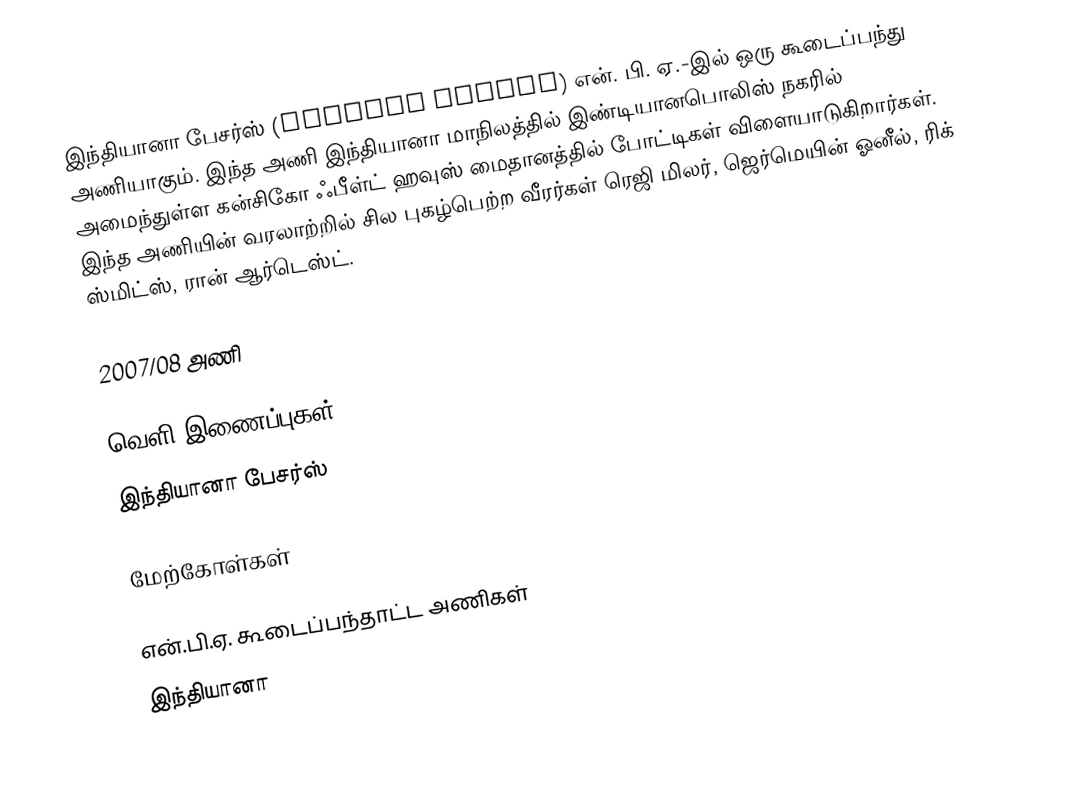
இந்தியானா பேசர்ஸ் (Indiana Pacers) என். பி. ஏ.-இல் ஒரு கூடைப்பந்து அணியாகும். இந்த அணி இந்தியானா மாநிலத்தில் இண்டியானபொலிஸ் நகரில் அமைந்துள்ள  கன்சிகோ ஃபீள்ட் ஹவுஸ் மைதானத்தில் போட்டிகள் விளையாடுகிறார்கள். இந்த அணியின் வரலாற்றில் சில புகழ்பெற்ற வீரர்கள் ரெஜி மிலர், ஜெர்மெயின் ஓனீல், ரிக் ஸ்மிட்ஸ், ரான் ஆர்டெஸ்ட்.

2007/08 அணி

வெளி இணைப்புகள்
 இந்தியானா பேசர்ஸ்

மேற்கோள்கள்

என்.பி.ஏ. கூடைப்பந்தாட்ட அணிகள்
இந்தியானா